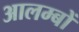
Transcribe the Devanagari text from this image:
आलम्बों